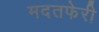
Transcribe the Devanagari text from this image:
मदतफेरी